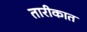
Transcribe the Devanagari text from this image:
तारीकात